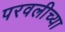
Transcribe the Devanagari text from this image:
परवलीच्या